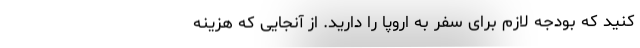
کنید که بودجه لازم برای سفر به اروپا را دارید. از آنجایی که هزینه